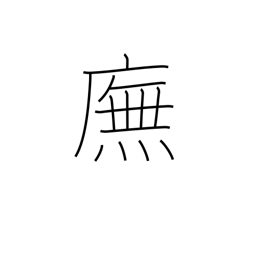
Meaning: walking under the eaves